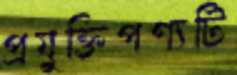
প্রযুক্তিপণ্যটি